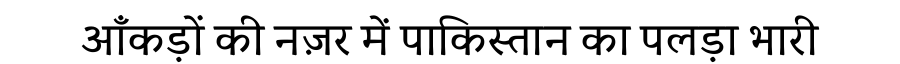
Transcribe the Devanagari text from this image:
आँकड़ों की नज़र में पाकिस्तान का पलड़ा भारी